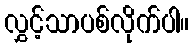
လွှင့်သာပစ်လိုက်ပါ။